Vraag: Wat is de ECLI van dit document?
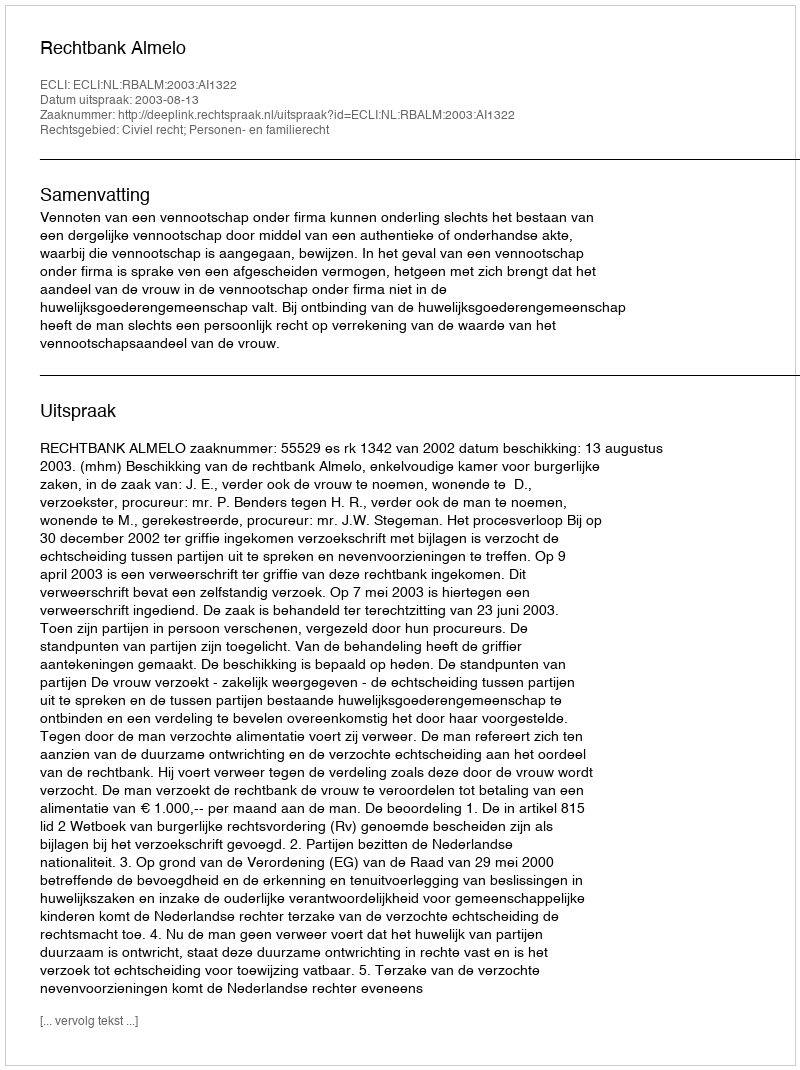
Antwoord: ECLI:NL:RBALM:2003:AI1322